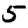
Digit: 5